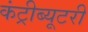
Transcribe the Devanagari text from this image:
कंट्रीब्यूटरी